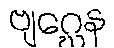
ဗျဂ္ဃေန